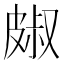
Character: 𭽭